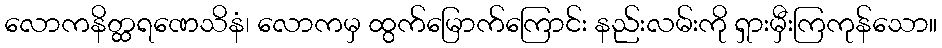
လောကနိတ္ထရဏေသိနံ၊ လောကမှ ထွက်မြောက်ကြောင်း နည်းလမ်းကို ရှားမှီးကြကုန်သော။